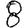
Digit: 8